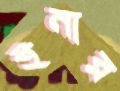
ইনার